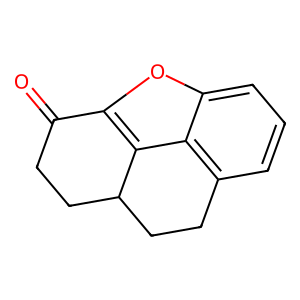
SMILES: O=C1CCC2CCc3cccc4oc1c2c34
Inhibits HIV replication: No